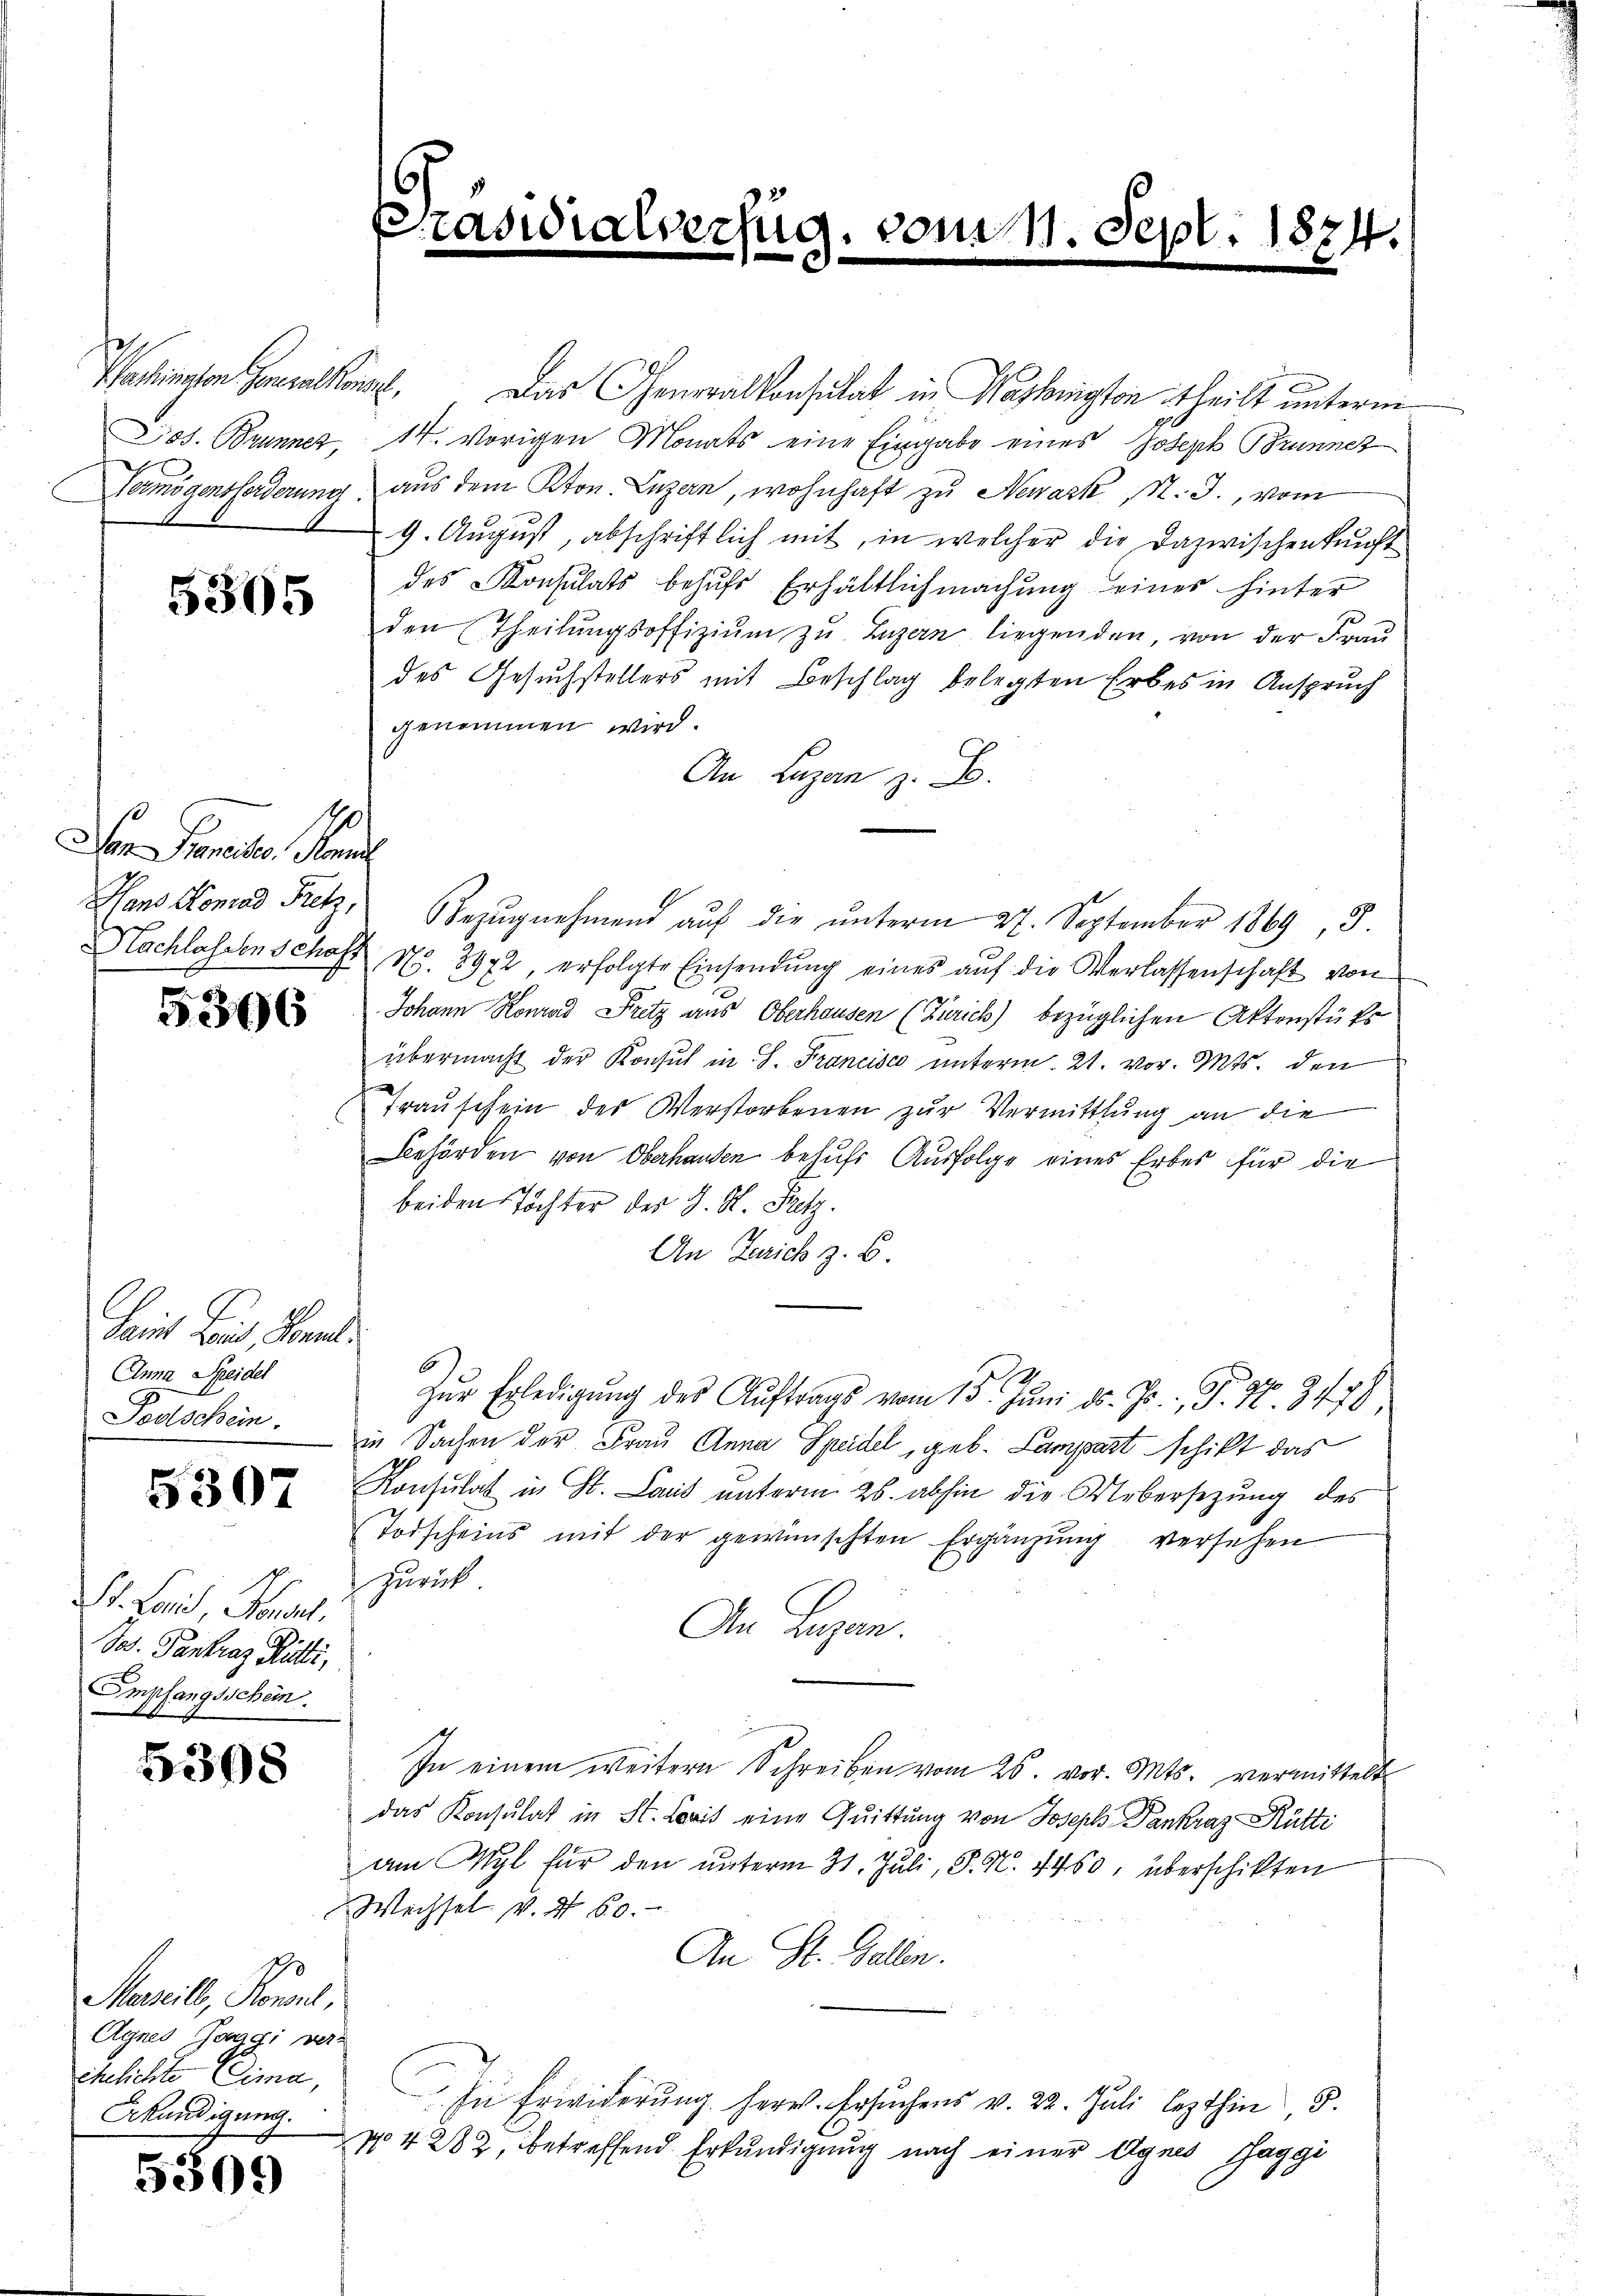
5365

Dn Praneiter, Romil

5306

Saint es, Lands
Anna Speidel
Todschein.

5307

. Land, Sonnt
Das Tantraz Rüti,
Empfangsschein.

5398

Mareill, Roment,
Agnes Jaggi ver-
ehelichte Clima,
Erkundigung.

5305)

achingen kann. Das Generalkonsulat in Washington theilt unterm
Jos. Brunner, 14. vorigen Monats eine Eingabe eines Joseph Brunner
Vermögensforderung, aus dem Ston. Luzern, wohnhaft zu Newark, N. J., vom
9. August, abschriftlich mit, in welcher die Dazwischenkunft
des Konsulats behufs Erhältlichmachung eines hinter
den Theilungsoffizium zu Luzern liegenden, von der Frau
des Gesuchstellers mit Beschlag belegten Erbes in Anspruch
genommen wird.
An Lazan z. B.
Hans Konrad Pretz, Bezŭgnehmend aŭf die ŭnterm 27. September 1869 3.
Nachlassenschaft Nr. 8972, erfolgte Einsendŭng eines aŭf die Verlassenschaft von
Johann Konrad Fritz aus Oberhausen (Zürich) bezüglichen Aktenstütz
übermacht der Konsul in S. Francisco unterm 21. vor. Mts. den
Trauschein des Verstorbenen zur Vermittlung an die
Behörden von Oberhanden behufs Ausfolge eines Erbes für die
beiden Töchter der J. R. Pretz.
An Gerich z. B.
6
zŭr Erledigŭng des Aŭftrags vom 15. Jŭni d. J. P. Nr. 3479
in Sachen der Frau Anna Speidel, geb. Lampart schikt das
Konsulat in St. Land unterm 26. abhin die Uebersezung des
Todscheins mit der gewünschten Ergänzŭng versehen
zurück
An Lugan.
In einem weitern Schreiben vom 26. vor. Mts. vermittelt
das Konsulat in St. Loris eine Quittung von Joseph Dankraz- Rütti
am Wyl für den unterm 31. Juli, P. N. 4460, überschikten
Wechsel v. N 60.
An St. Gallen.
In Erwiderŭng herrs. Ersuchens v. 22. Juli lezthin, 5.
N 4 282, betreffend Erkundigung nach einer Agnes Jaggi

.

r

zug. vom 11. Sept. 1874.